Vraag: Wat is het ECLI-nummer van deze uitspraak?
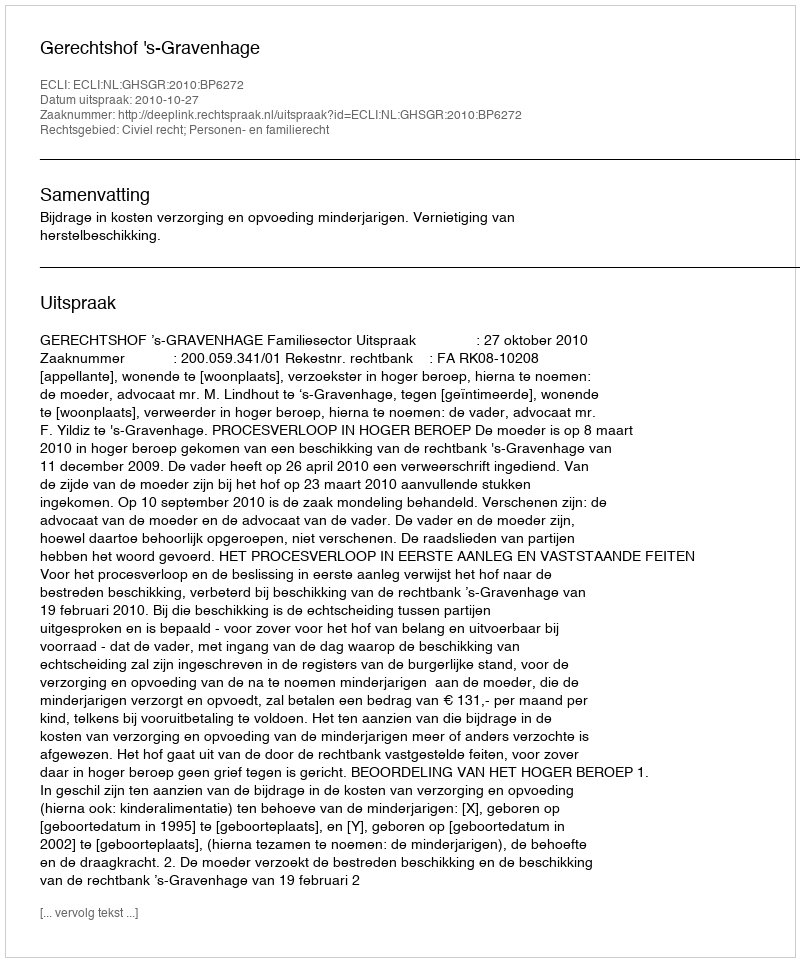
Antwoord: ECLI:NL:GHSGR:2010:BP6272